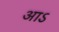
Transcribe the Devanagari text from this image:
आऽ